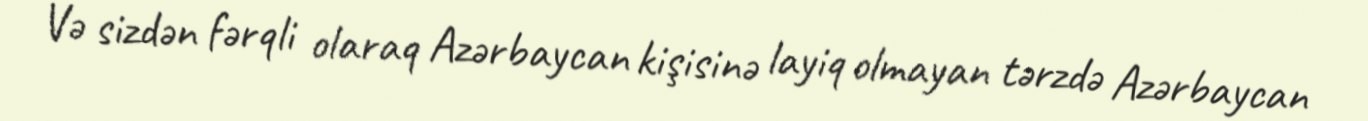
Və sizdən fərqli olaraq Azərbaycan kişisinə layiq olmayan tərzdə Azərbaycan